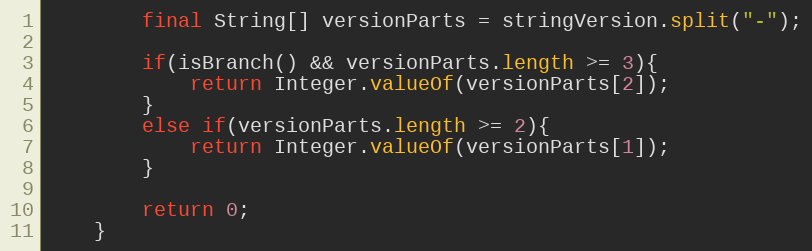
Language: Java
		final String[] versionParts = stringVersion.split("-");

		if(isBranch() && versionParts.length >= 3){
			return Integer.valueOf(versionParts[2]);
		}
		else if(versionParts.length >= 2){
			return Integer.valueOf(versionParts[1]);
		}

		return 0;
	}